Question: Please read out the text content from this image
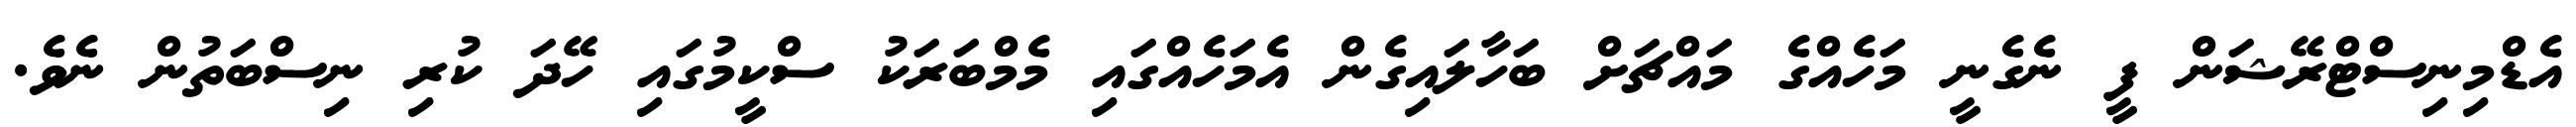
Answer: އެޑްމިނިސްޓްރޭޝަން ފީ ނެގެނީ މަހެއްގެ މައްޗަށް ބަހާލައިގެން އެމަހެއްގައި މެމްބަރަކު ސްކީމުގައި ހޭދަ ކުރި ނިސްބަތުން ނެވެ.